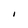
Character: I